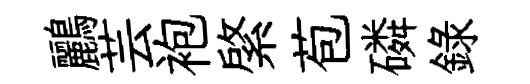
鸝芸袍綮苞磷錄